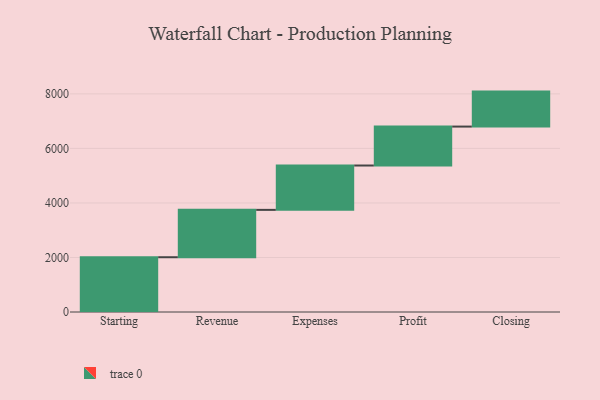
{"axis": {"x": "Step", "y": "Value"}, "legend": [""], "data": [{"x": "Starting", "y": 2009.0, "type": ""}, {"x": "Revenue", "y": 1737.0, "type": ""}, {"x": "Expenses", "y": 1627.0, "type": ""}, {"x": "Profit", "y": 1428.0, "type": ""}, {"x": "Closing", "y": 1283.0, "type": ""}]}